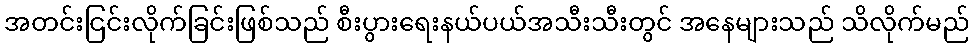
အတင်းငြင်းလိုက်ခြင်းဖြစ်သည် စီးပွားရေးနယ်ပယ်အသီးသီးတွင် အနေများသည် သိလိုက်မည်